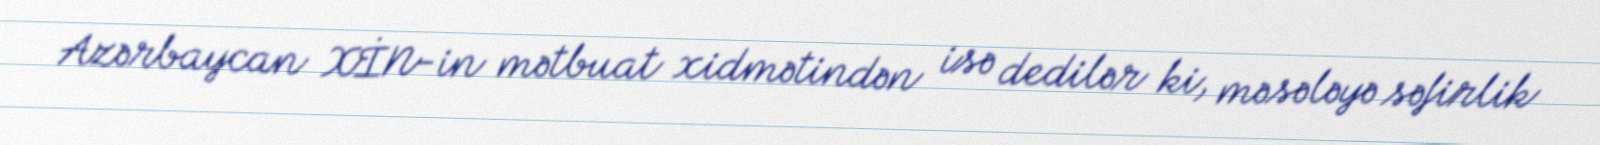
Azərbaycan XİN-in mətbuat xidmətindən isə dedilər ki, məsələyə səfirlik